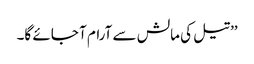
’’تیل کی مالش سے آرام آ جائے گا۔